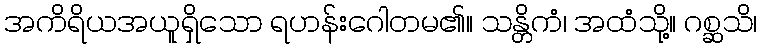
အကိရိယအယူရှိသော ရဟန်းဂေါတမ၏။ သန္တိကံ၊ အထံသို့။ ဂစ္ဆသိ၊